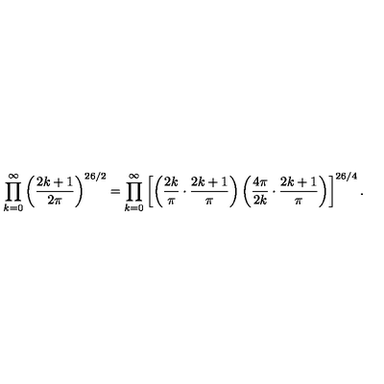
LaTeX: \prod _ { k = 0 } ^ { \infty } \left( \frac { 2 k + 1 } { 2 \pi } \right) ^ { 2 6 / 2 } = \prod _ { k = 0 } ^ { \infty } \left[ \left( \frac { 2 k } { \pi } \cdot \frac { 2 k + 1 } { \pi } \right) \left( \frac { 4 \pi } { 2 k } \cdot \frac { 2 k + 1 } { \pi } \right) \right] ^ { 2 6 / 4 } .